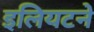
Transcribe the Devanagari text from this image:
इलियटने